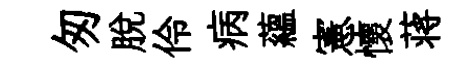
匆脫伶病蘊憲懷蒋